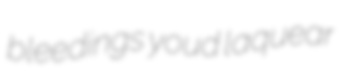
bleedings youd laquear